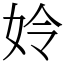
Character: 姈